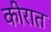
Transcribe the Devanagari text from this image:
कीरात